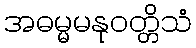
အဓမ္မမနုဝတ္တိသံ